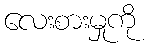
လေးစားမှုကို